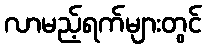
လာမည့်ရက်များတွင်